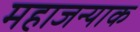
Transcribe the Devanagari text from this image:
महाजन्याक